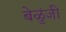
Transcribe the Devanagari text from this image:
बेळुंजी